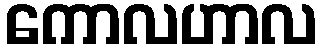
ကောလဟာလ